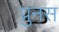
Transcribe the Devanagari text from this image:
प्रुनस